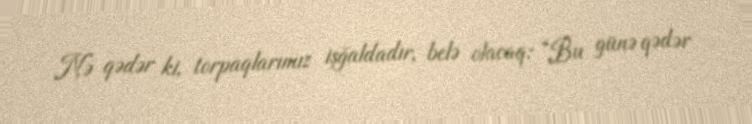
Nə qədər ki, torpaqlarımız işğaldadır, belə olacaq: “Bu günə qədər